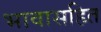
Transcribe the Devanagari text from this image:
भावासहित